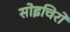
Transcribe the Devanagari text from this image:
सोइचिरो